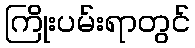
ကြိုးပမ်းရာတွင်